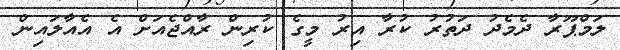
ލަމްޕޫރާ ދެމެދު ދަތުރު ކުރާ އިރު މީގެ ކުރިން ރާއްޖެއަށް އެ އެއާލައިން